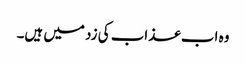
وہ اب عذاب کی زد میں ہیں۔